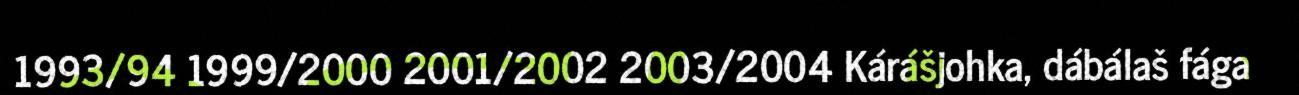
1993/94 1999/2000 2001/2002 2003/2004 Kárášjohka, dábálaš fága